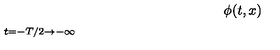
\phi ( t , x ) { \frac { \buildrel t = - T / 2 \to - \infty } { \mathrm { t } o 6 0 p t { \rightarrowfill } } } \phi _ { 1 } ( x ) ,